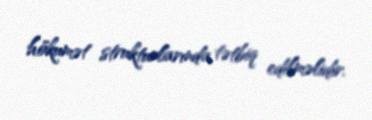
hökumət strukturlarında tətbiq edilməlidir.